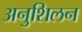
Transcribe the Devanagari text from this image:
अनुशिलन